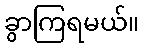
ခွာကြရမယ်။